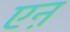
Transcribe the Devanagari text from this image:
एऩ